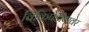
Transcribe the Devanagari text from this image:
विकिपेडीयावर